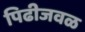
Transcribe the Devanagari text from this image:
पिढीजवळ